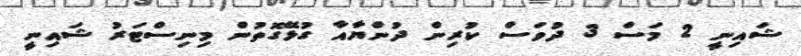
ޝައިނީ 2 މަސް 3 ދުވަސް ކުރިން ދުންޔާއާ ގުޅޭގޮތުން މިނިސްޓަރު ޝައިނީ